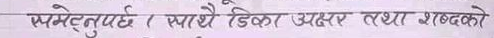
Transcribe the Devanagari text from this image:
स्पष्ट हुनुपर्छ । स्पष्ट देखिएका अक्षर तथा शब्दको